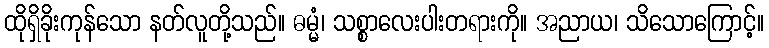
ထိုရှိခိုးကုန်သော နတ်လူတို့သည်။ ဓမ္မံ၊ သစ္စာလေးပါးတရားကို။ အညာယ၊ သိသောကြောင့်။